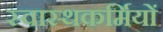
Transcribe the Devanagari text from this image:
स्वास्थकर्मियों